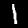
Digit: 1